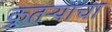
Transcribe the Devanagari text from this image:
कुतऱ्याचा